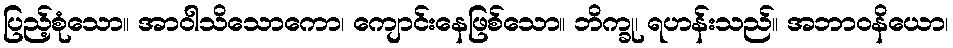
ပြည့်စုံသော။ အာဝါသိသောကော၊ ကျောင်းနေဖြစ်သော။ ဘိက္ခု၊ ရဟန်းသည်။ အဘာဝနိယော၊